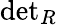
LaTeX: {\mathrm{det}}_{R}